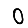
Digit: 0